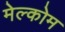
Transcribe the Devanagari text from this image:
मेल्कोम